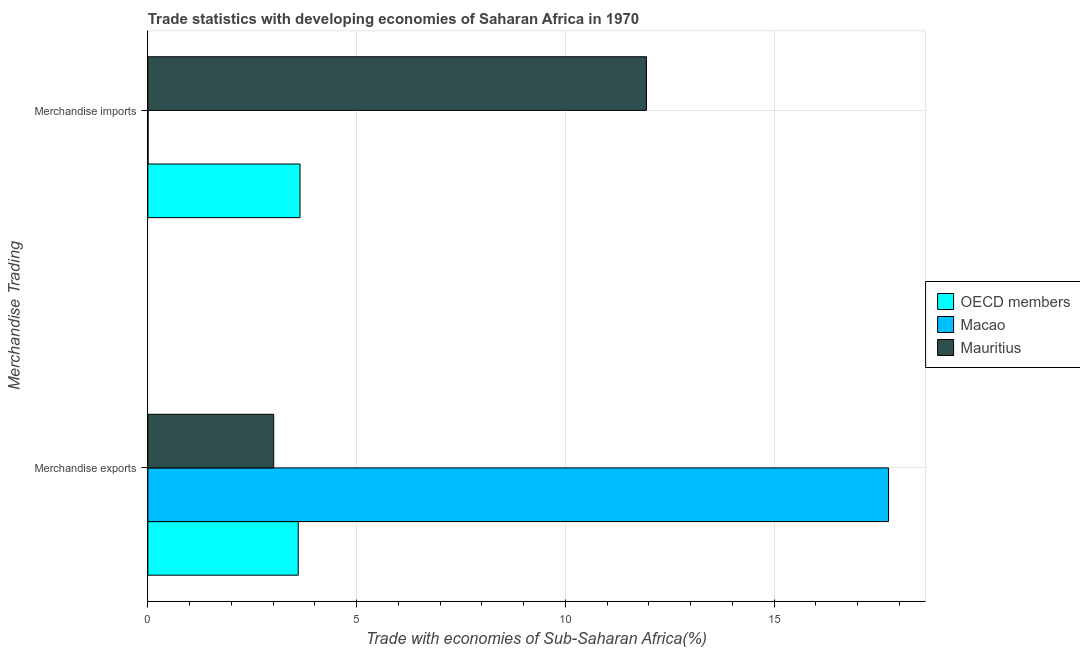
| Merchandise Trading | OECD members | Macao | Mauritius |
 | --- | --- | --- | --- |
 | Merchandise exports | 3.6 | 17.7 | 3.01 |
 | Merchandise imports | 3.64 | 0.00462 | 11.9 |